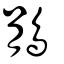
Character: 鵑